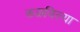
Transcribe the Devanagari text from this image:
कळविल्या